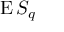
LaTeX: \operatorname { E } S _ { q }